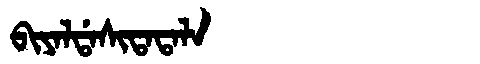
Manchu: ᠪᡳᠶᠠᠯᡩᠠᠰᡳᡨᠠᡨᠠᠯᠠ
Romanization: BIYALDASITATALA